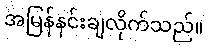
အမြန်နင်းချလိုက်သည်။